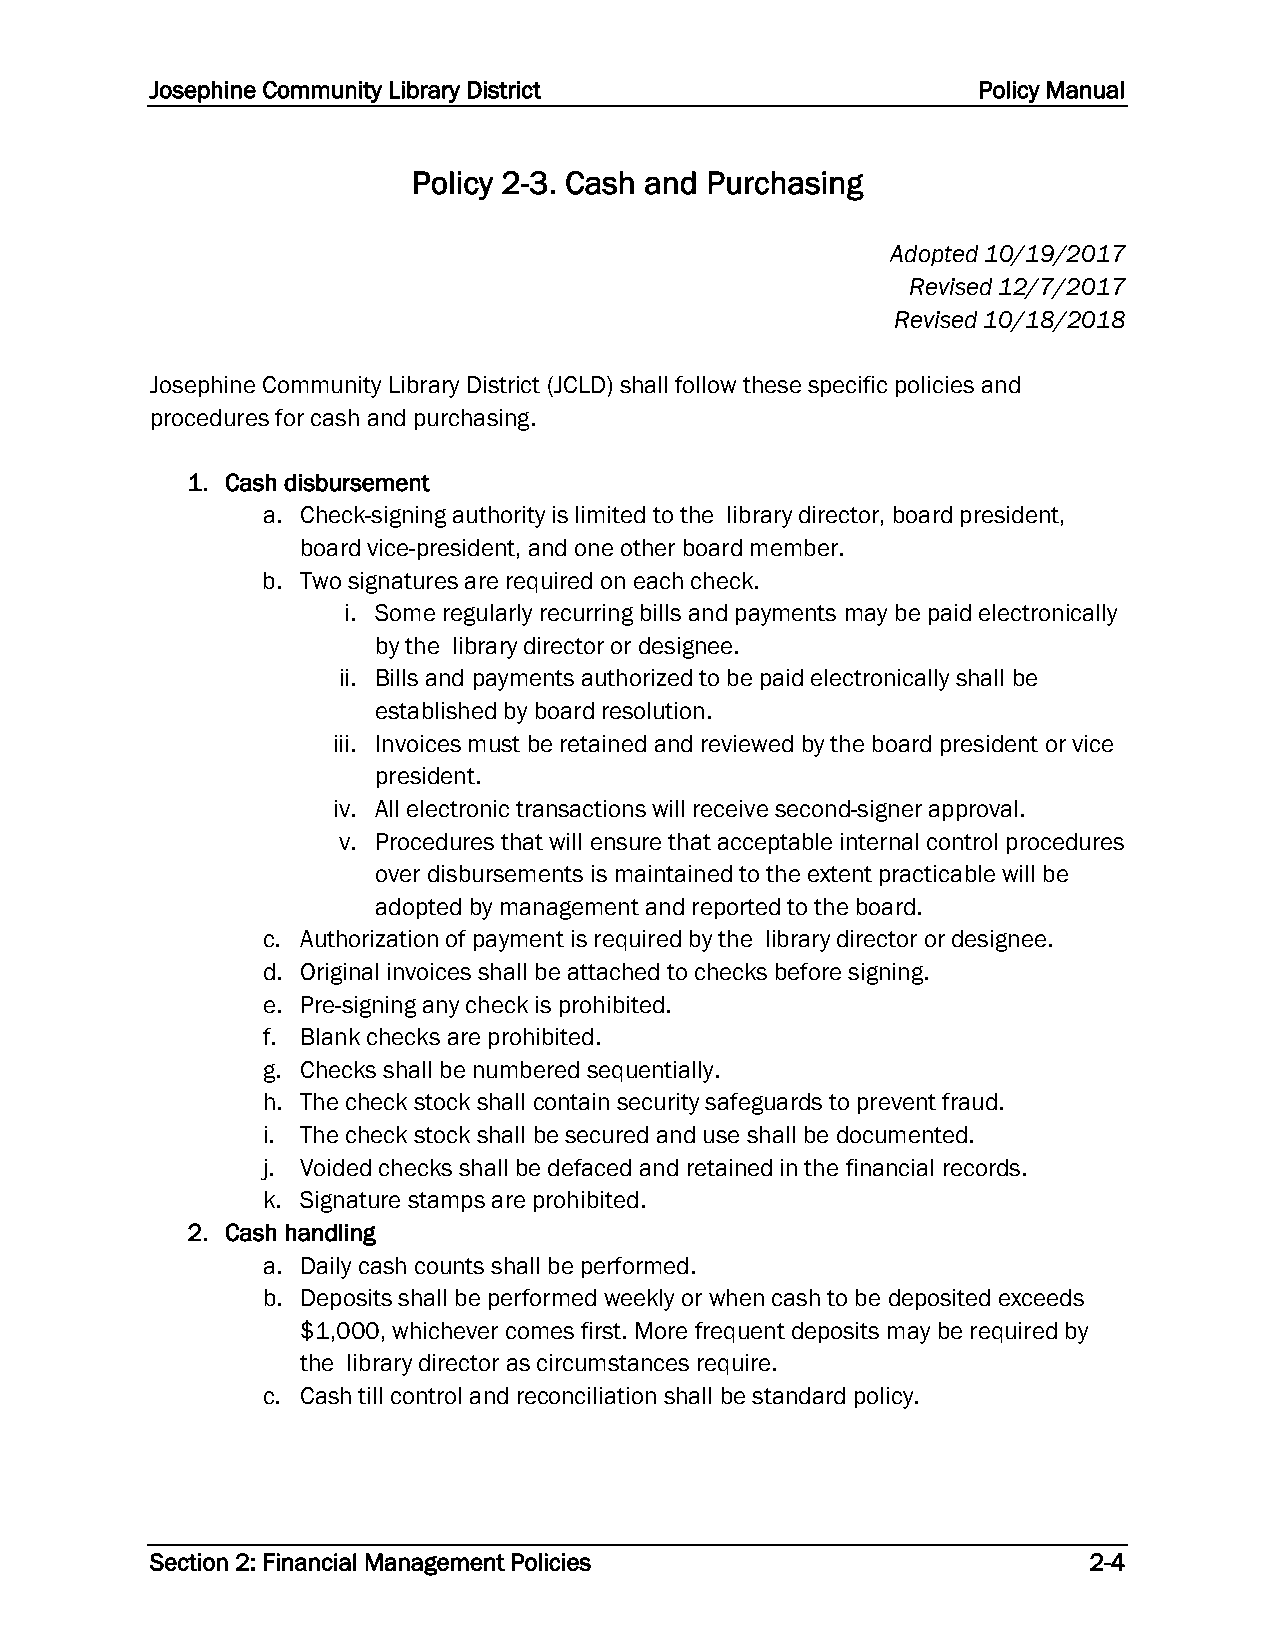
Josephine Community Library District                   Policy Manual
 Policy 2-3. Cash and Purchasing
 Adopted 10/19/2017
 Revised 12/7/2017
 Revised 10/18/2018
 Josephine Community Library District (JCLD) shall follow these specific policies and
 procedures for cash and purchasing.
 1. Cash disbursement
 a. Check-signing authority is limited to the library director, board president,
 board vice-president, and one other board member.
 b. Two signatures are required on each check.
 i. Some regularly recurring bills and payments may be paid electronically
 by the library director or designee.
 ii. Bills and payments authorized to be paid electronically shall be
 established by board resolution.
 iii. Invoices must be retained and reviewed by the board president or vice
 president.
 iv. All electronic transactions will receive second-signer approval.
 v. Procedures that will ensure that acceptable internal control procedures
 over disbursements is maintained to the extent practicable will be
 adopted by management and reported to the board.
 c. Authorization of payment is required by the library director or designee.
 d. Original invoices shall be attached to checks before signing.
 e. Pre-signing any check is prohibited.
 f. Blank checks are prohibited.
 g. Checks shall be numbered sequentially.
 h. The check stock shall contain security safeguards to prevent fraud.
 i. The check stock shall be secured and use shall be documented.
 j. Voided checks shall be defaced and retained in the financial records.
 k. Signature stamps are prohibited.
 2. Cash handling
 a. Daily cash counts shall be performed.
 b. Deposits shall be performed weekly or when cash to be deposited exceeds
 $1,000, whichever comes first. More frequent deposits may be required by
 the library director as circumstances require.
 c. Cash till control and reconciliation shall be standard policy.
 Section 2: Financial Management Policies                      2-4